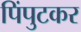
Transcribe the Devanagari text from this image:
पिंपुटकर